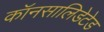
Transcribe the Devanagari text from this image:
कॉनसालिडेटेड